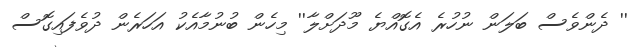
'' ދެންވެސް ބަލަން ނުހުރެ އެގޮއްޔެ މޫދަށްލާ'' މިހެން ބުނުމާއެކު އަހަރެން ދުވެފައިގޮސް